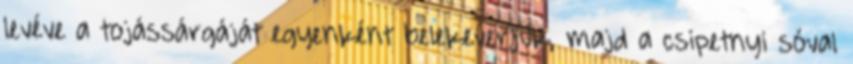
levéve a tojássárgáját egyenként belekeverjük, majd a csipetnyi sóval